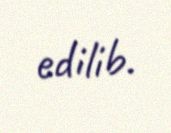
edilib.